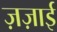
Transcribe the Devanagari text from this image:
ज़ज़ाई